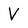
Character: V